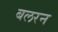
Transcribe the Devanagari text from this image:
बलरन